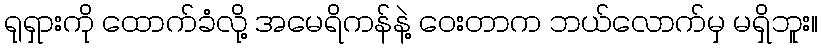
ရုရှားကို ထောက်ခံလို့ အမေရိကန်နဲ့ ဝေးတာက ဘယ်လောက်မှ မရှိဘူး။